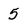
Character: 5